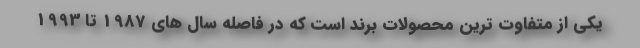
یکی از متفاوت ترین محصولات برند است که در فاصله سال های 1987 تا 1993